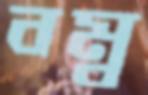
বম্ব